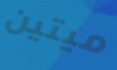
ميتين